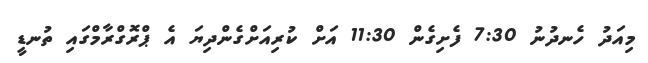
މިއަދު ހެނދުނު 7:30 ފެށިގެން 11:30 އަށް ކުރިއަށްގެންދިޔަ އެ ޕްރޮގްރާމްގައި ތުނޑީ